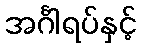
အင်္ဂါရပ်နှင့်